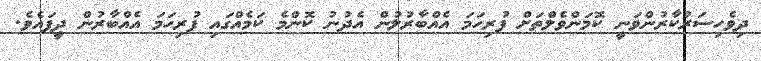
ދިވެހިސަރުކާރުންވަނީ ކޮމަންވެލްތަށް ފުރިހަމަ އެއްބާރުލުން އެދުނު ކޮންމެ ކަމެއްގައި ފުރިހަމަ އެއްބާރުުން ދީފައެވެ.